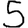
Digit: 5